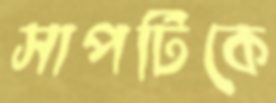
সাপটিকে